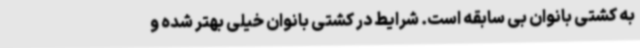
به کشتی بانوان بی سابقه است. شرایط در کشتی بانوان خیلی بهتر شده و